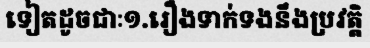
ទៀតដូចជាៈ១.រឿងទាក់ទងនឹងប្រវត្តិ